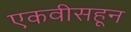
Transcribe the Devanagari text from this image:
एकवीसहून